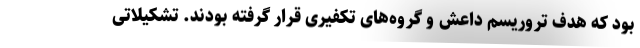
بود که هدف تروریسم داعش و گروه‌های تکفیری قرار گرفته بودند. تشکیلاتی